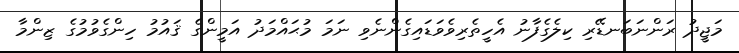
މަޖީދު ރަންނަބަނޑޭރި ކިލެގެފާނު އެހީތެރިވެވަޑައިގެންނެވި ނަމަ މުޙައްމަދު އަމީންގެ ޤައުމު ހިންގެވުމުގެ ޒިންމާ